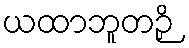
ယထာဘူတဉှိ